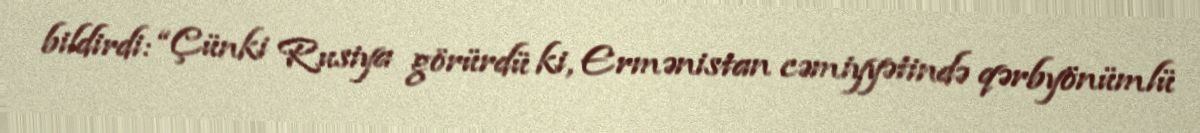
bildirdi: “Çünki Rusiya görürdü ki, Ermənistan cəmiyyətində qərbyönümlü